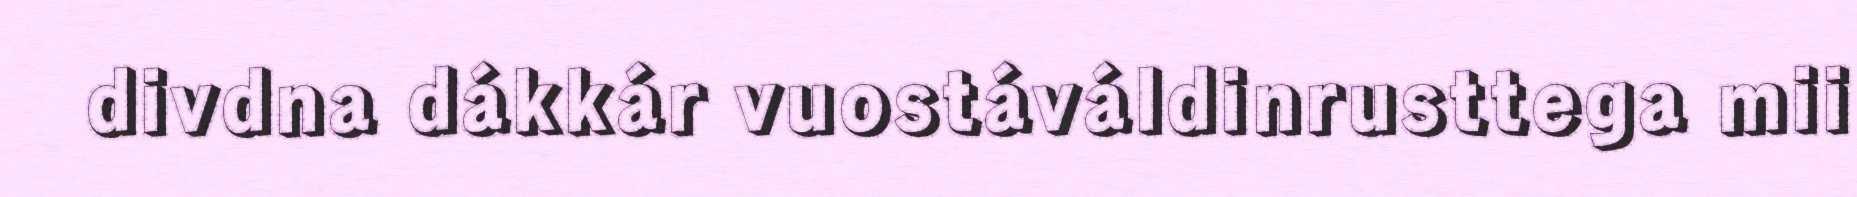
divdna dákkár vuostáváldinrusttega mii